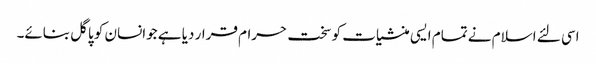
اسی لئے اسلام نے تمام ایسی منشیات کو سخت حرام قرار دیا ہے جوانسان کو پاگل بنائے۔